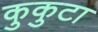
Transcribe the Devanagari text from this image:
कुकुटा